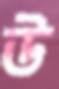
উ